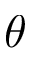
\theta